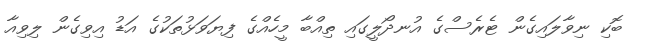
ބޮކި ނިވާލައިގެން ޓެރެސްގެ އުނދޯލީގައި ތިއްބާ މީހެއްގެ ފިޔަވަޅުތަކުގެ އަޑު އިވިގެން ލިވިއާ